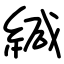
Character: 緘